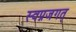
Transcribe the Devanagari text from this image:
स्वप्नजगत्‌